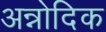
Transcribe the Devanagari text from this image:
अन्नोदिक